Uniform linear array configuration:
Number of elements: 4
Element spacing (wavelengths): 0.5
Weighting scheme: blackman
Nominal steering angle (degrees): -45
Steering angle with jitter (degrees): -46.57
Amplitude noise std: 0.05
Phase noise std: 0.05

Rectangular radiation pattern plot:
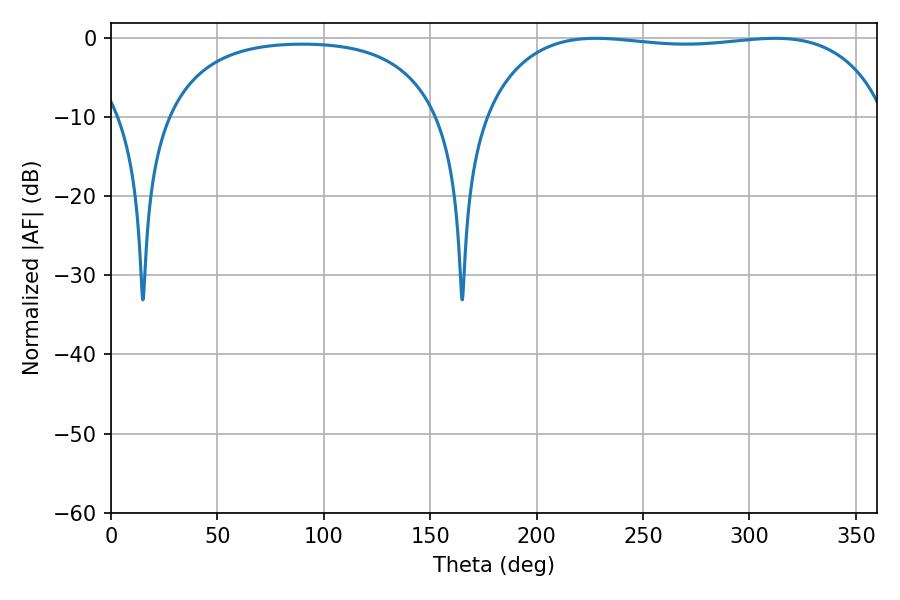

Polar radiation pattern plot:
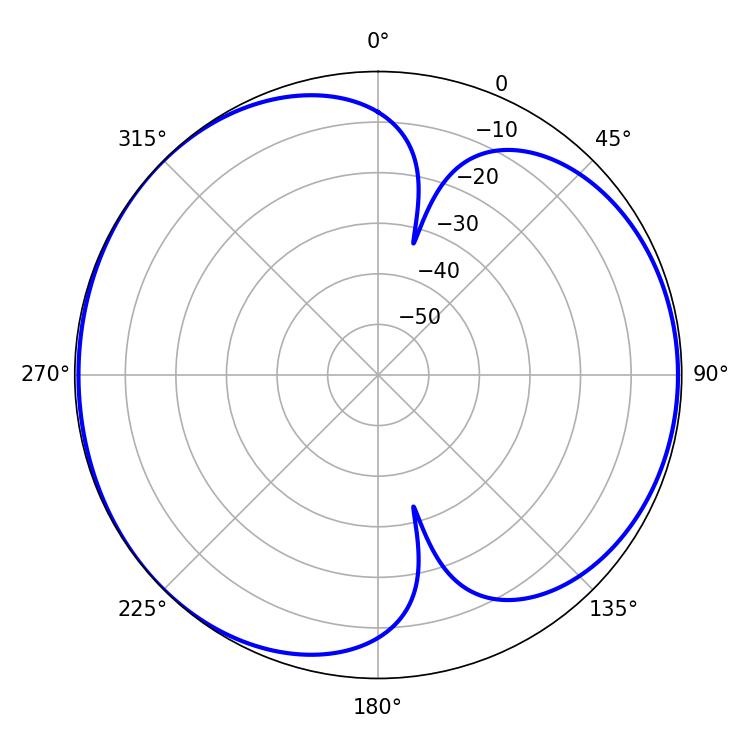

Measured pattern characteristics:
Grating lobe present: FALSE
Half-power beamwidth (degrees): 151.92
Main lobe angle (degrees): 227.88